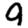
Digit: 9